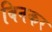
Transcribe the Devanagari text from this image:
बिनकर